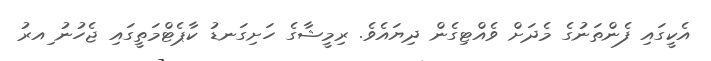
އެކީގައި ފެންތަނުގެ މެދަށް ވެއްޓިގެން ދިޔައެވެ. ރިމީޝާގެ ހަށިގަނޑު ކާޕެޓްމަތީގައި ޖެހުނު ިއރު